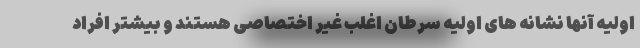
اولیه آنها نشانه های اولیه سرطان اغلب غیر اختصاصی هستند و بیشتر افراد